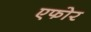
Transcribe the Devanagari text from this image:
एफोर